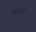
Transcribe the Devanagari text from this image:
बुल्लेट